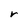
Character: r